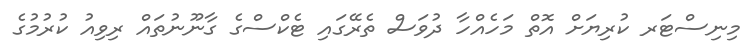
މިނިސްޓަރ ކުރިޔަށް އޮތް މަހެއްހާ ދުވަސް ތެރޭގައި ޓެކްސްގެ ގާނޫނުތައް ރިވިއު ކުރުމުގެ